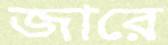
জারে